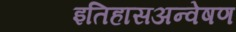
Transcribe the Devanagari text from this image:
इतिहासअन्वेषण